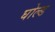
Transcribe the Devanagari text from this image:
घोल्ड